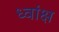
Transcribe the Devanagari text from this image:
ध्वांक्ष